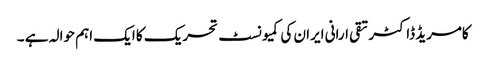
کامریڈ ڈاکٹر تقی ارانی ایران کی کمیونسٹ تحریک کا ایک اہم حوالہ ہے ۔